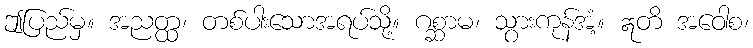
ဤပြည်မှ။ အညတ္ထ၊ တစ်ပါးသောအရပ်သို့။ ဂစ္ဆာမ၊ သွားကုန်အံ့။ ဣတိ အဝေါစ၊